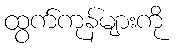
ထွက်ကုန်များကို